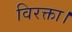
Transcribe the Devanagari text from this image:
विरक्ता।